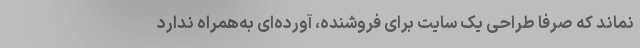
نماند که صرفا طراحی یک سایت برای فروشنده، آورده‌ای به‌همراه ندارد